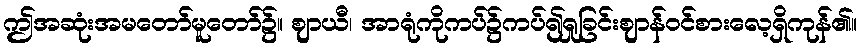
ဤအဆုံးအမတော်မူတော်၌။ ဈာယီ၊ အာရုံကိုကပ်၌ကပ်၍ရှုခြင်းဈာန်ဝင်စားလေ့ရှိကုန်၏။